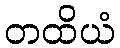
တထိယံ